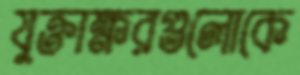
যুক্তাক্ষরগুলোকে